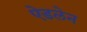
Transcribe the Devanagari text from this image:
ऐडलेन